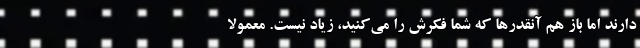
دارند اما باز هم آنقدرها که شما فکرش را می‌کنید، زیاد نیست. معمولا